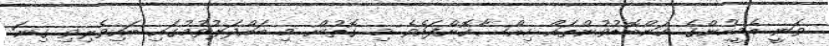
ވަނީ އެމީހުންގެ ކަންބޮޑުވުންތައް ހިއްސާކޮށްފައެވެ މި ގޮތުން މި ބައްދަލުވުމުގައި ބައިވެރިވި ގިނަ